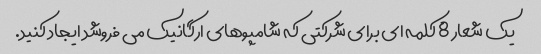
یک شعار 8 کلمه ای برای شرکتی که شامپوهای ارگانیک می فروشد ایجاد کنید.